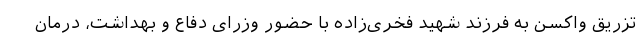
تزریق واکسن به فرزند شهید فخری‌زاده با حضور وزرای دفاع و بهداشت، درمان